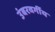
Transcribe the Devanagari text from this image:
उंबरवर्गीय